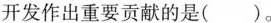
开发作出重要贡献的是( )。